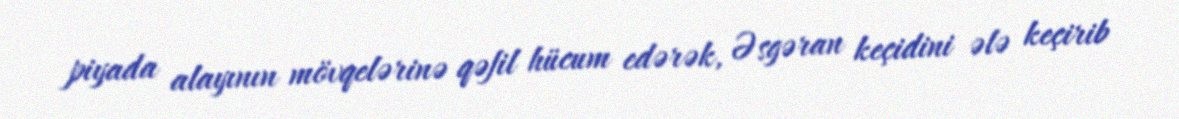
piyada alayının mövqelərinə qəfil hücum edərək, Əsgəran keçidini ələ keçirib